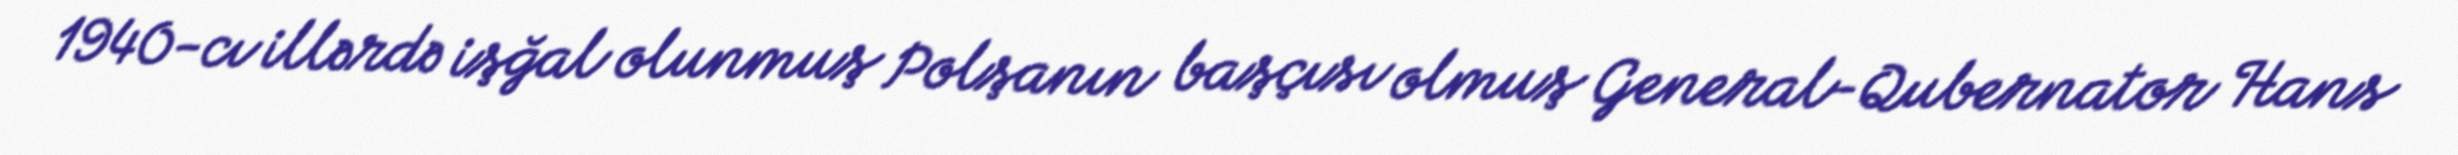
1940-cı illərdə işğal olunmuş Polşanın başçısı olmuş General-Qubernator Hans